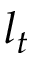
l _ { t }